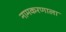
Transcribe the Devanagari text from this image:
नामकरणाला